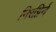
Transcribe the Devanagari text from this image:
निरग्निर्न